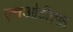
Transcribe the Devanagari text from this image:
एचओटीएएस